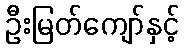
ဦးမြတ်ကျော်နှင့်